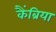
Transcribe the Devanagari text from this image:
कैंब्रिया